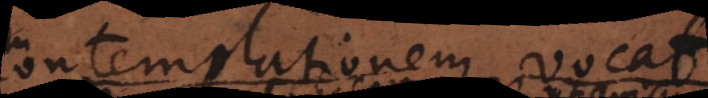
contemplationem vocat,